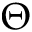
\Theta